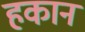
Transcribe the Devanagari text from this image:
हकान